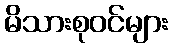
မိသားစုဝင်များ